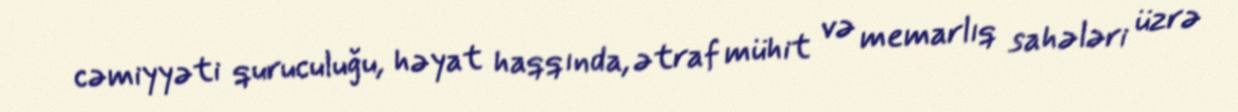
cəmiyyəti quruculuğu, həyat haqqında, ətraf mühit və memarlıq sahələri üzrə